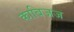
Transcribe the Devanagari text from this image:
काबिजज